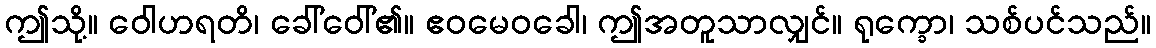
ဤသို့။ ဝေါဟရတိ၊ ခေါ်ဝေါ်၏။ ဧဝမေဝခေါ၊ ဤအတူသာလျှင်။ ရုက္ခော၊ သစ်ပင်သည်။